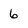
Character: 6